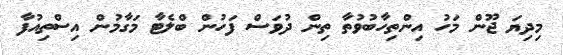
މިދިޔަ ޖޫން މަހު އިންތިހާބުވުތާ ތިން ދުވަސް ފަހުން ބްލެޓާ މަގާމުން އިސްތިއުފާ